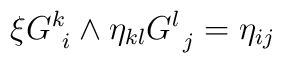
\xi G^{k}_{\ i} \wedge \eta_{kl} G^{l}_{\ j} = \eta_{ij}